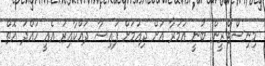
މިިނިސްޓްރީން ބުނީ އުމުރާ އަށް ދިއުމަށް ފައިސާ ދައްކާއިރު އެއީ ހުއްދަ އޮތް